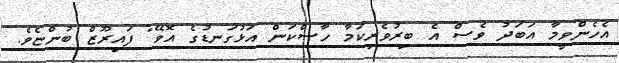
އެހެންވީމާ އަބަދު ވެސް އެ ބިރުވެރިކަމާ ހާސްކަން އަޅުގަނޑުގެ އޮވޭ" ފައިރޫޒް ބުންޏެވެ.